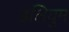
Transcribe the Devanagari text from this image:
इलियुम